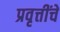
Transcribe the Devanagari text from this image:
प्रवृत्तींचे